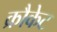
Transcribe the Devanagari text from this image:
क्रौकेट